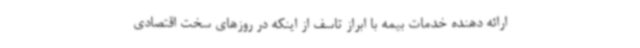
ارائه دهنده خدمات بیمه با ابراز تاسف از اینکه در روزهای سخت اقتصادی